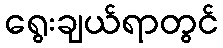
ရွေးချယ်ရာတွင်